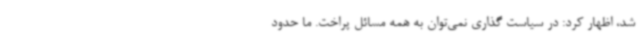
شد، اظهار کرد: در سیاست گذاری نمی‌توان به همه مسائل پراخت. ما حدود